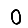
Digit: 0